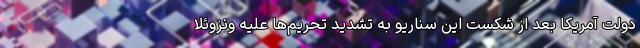
دولت آمریکا بعد از شکست این سناریو به تشدید تحریم‌ها علیه ونزوئلا